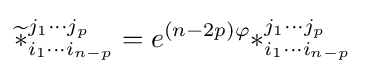
{\widetilde {\ast }}_{i_{1}\cdots i_{n-p}}^{j_{1}\cdots j_{p}}=e^{(n-2p)\varphi }\ast _{i_{1}\cdots i_{n-p}}^{j_{1}\cdots j_{p}}